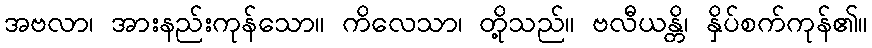
အဗလာ၊ အားနည်းကုန်သော။ ကိလေသာ၊ တို့သည်။ ဗလီယန္တိ၊ နှိပ်စက်ကုန်၏။